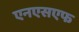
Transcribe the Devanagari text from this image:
एनएसएफ